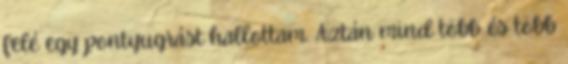
felé egy pontyugrást hallottam. Aztán mind több és több